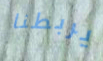
يربطنا